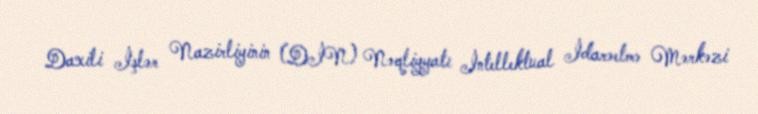
Daxili İşlər Nazirliyinin (DİN) Nəqliyyatı İntellektual İdarəetmə Mərkəzi